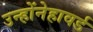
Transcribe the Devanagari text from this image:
उन्होंनेहावर्ड